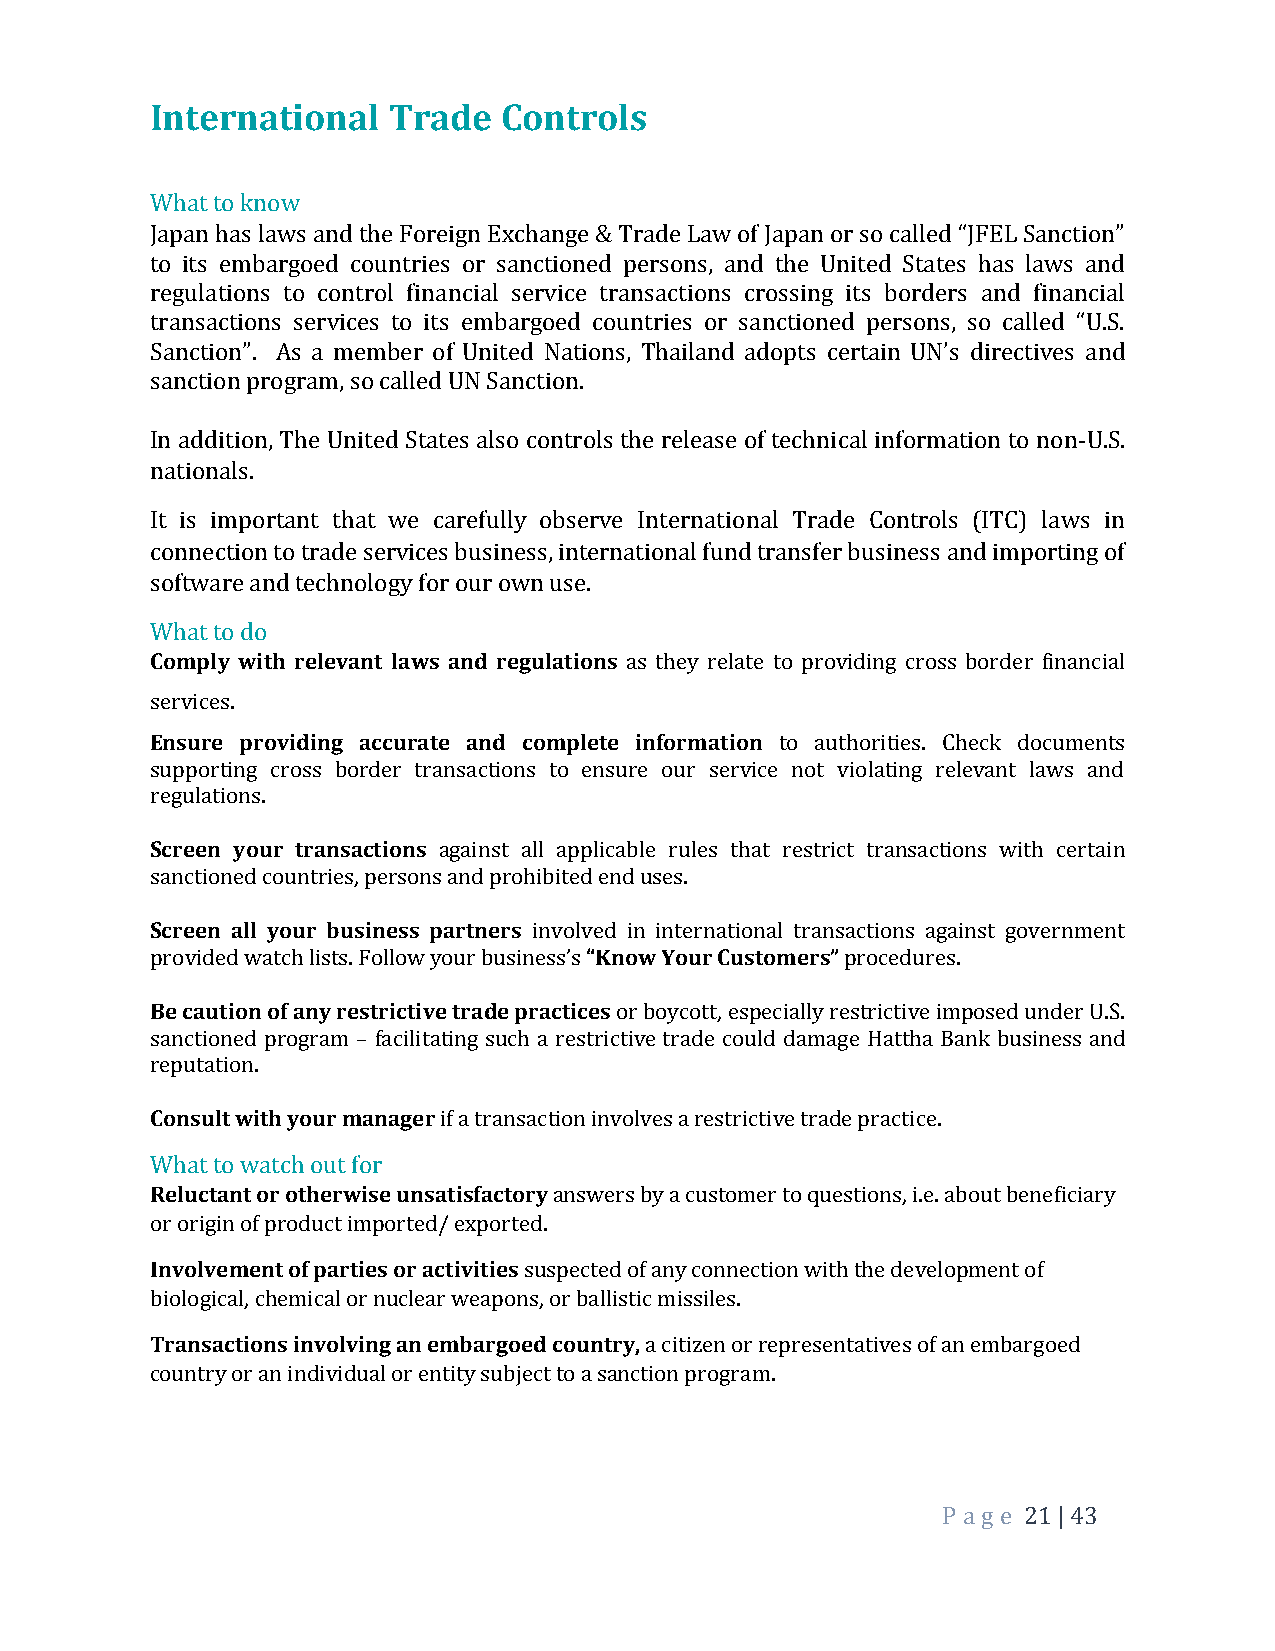
International   Trade  Controls
 What to know
 Japan has laws and the Foreign Exchange & Trade Law of Japan or so called “JFEL Sanction”
 to its embargoed countries or sanctioned persons, and the United States has laws and
 regulations to control financial service transactions crossing its borders and financial
 transactions services to its embargoed countries or sanctioned persons, so called “U.S.
 Sanction”. As a member of United Nations, Thailand adopts certain UN’s directives and
 sanction program, so called UN Sanction.
 In addition, The United States also controls the release of technical information to non-U.S.
 nationals.
 It is important that we carefully observe International Trade Controls (ITC) laws in
 connection to trade services business, international fund transfer business and importing of
 software and technology for our own use.
 What to do
 Comply with relevant laws and regulations as they relate to providing cross border financial
 services.
 Ensure providing accurate and complete information to authorities. Check documents
 supporting cross border transactions to ensure our service not violating relevant laws and
 regulations.
 Screen your transactions against all applicable rules that restrict transactions with certain
 sanctioned countries, persons and prohibited end uses.
 Screen all your business partners involved in international transactions against government
 provided watch lists. Follow your business’s “Know Your Customers” procedures.
 Be caution of any restrictive trade practices or boycott, especially restrictive imposed under U.S.
 sanctioned program – facilitating such a restrictive trade could damage Hattha Bank business and
 reputation.
 Consult with your manager if a transaction involves a restrictive trade practice.
 What to watch out for
 Reluctant or otherwise unsatisfactory answers by a customer to questions, i.e. about beneficiary
 or origin of product imported/ exported.
 Involvement of parties or activities suspected of any connection with the development of
 biological, chemical or nuclear weapons, or ballistic missiles.
 Transactions involving an embargoed country, a citizen or representatives of an embargoed
 country or an individual or entity subject to a sanction program.
 P a ge 21 | 43